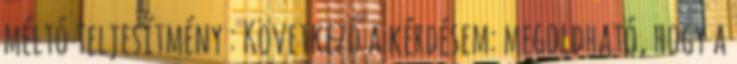
méltó teljesítmény : Következő a kérdésem: megoldható, hogy a